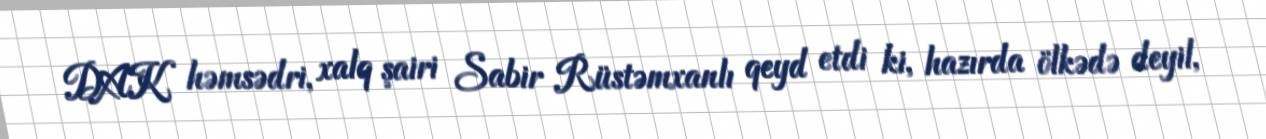
DAK həmsədri, xalq şairi Sabir Rüstəmxanlı qeyd etdi ki, hazırda ölkədə deyil,